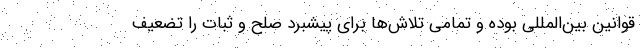
قوانین بین‌المللی بوده و تمامی تلاش‌ها برای پیشبرد صلح و ثبات را تضعیف